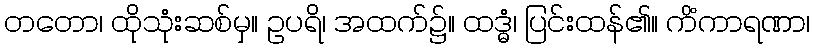
တတော၊ ထိုသုံးဆစ်မှ။ ဥပရိ၊ အထက်၌။ ထဒ္ဓံ၊ ပြင်းထန်၏။ ကိံကာရဏာ၊